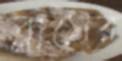
ব্লাসের